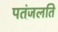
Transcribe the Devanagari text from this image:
पतंजलति